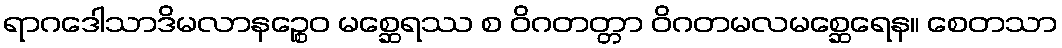
ရာဂဒေါသာဒိမလာနဉ္စေဝ မစ္ဆေရဿ စ ဝိဂတတ္တာ ဝိဂတမလမစ္ဆေရေန။ စေတသာ